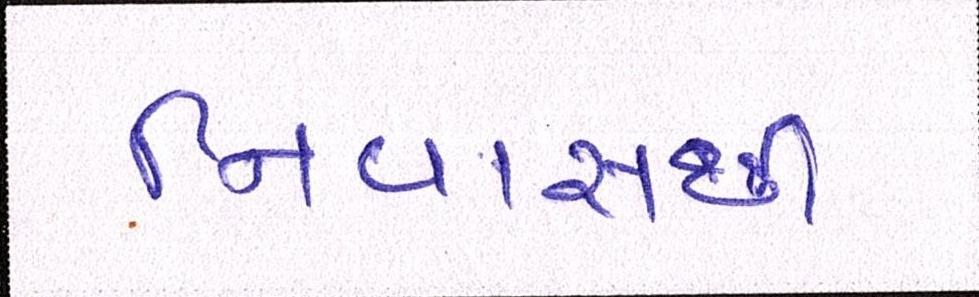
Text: નિવાસથી